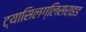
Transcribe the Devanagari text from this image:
ट्यासिलग्लिसराइड